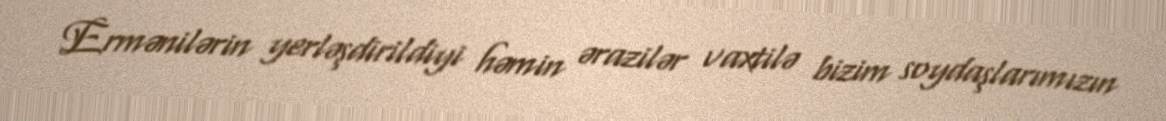
Ermənilərin yerləşdirildiyi həmin ərazilər vaxtilə bizim soydaşlarımızın